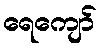
ရေကျော်